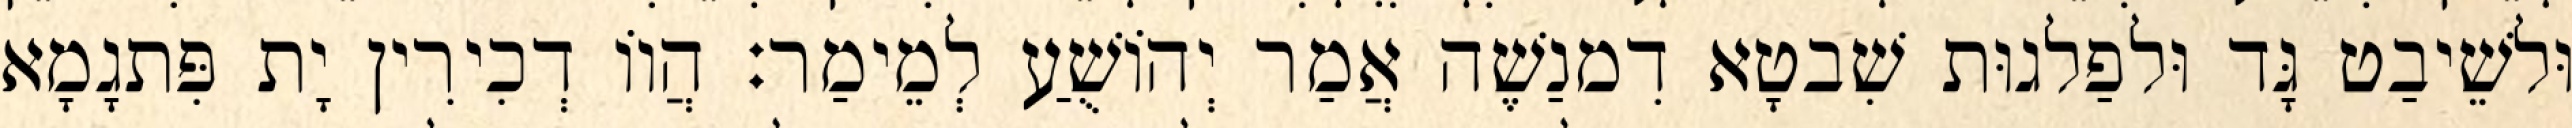
וּלשֵׁיבַט גָּד וּלפַלגוּת שִׁבטָא דִמנַשֶׁה אֲמַר יְהוֹשֻׁעַ לְמֵימַר׃ הֲווֹ דְכִירִין יָת פִּתגָמָא